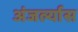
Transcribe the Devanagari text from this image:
अंजर्ल्यास